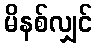
မိနစ်လျှင်